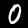
Digit: 0